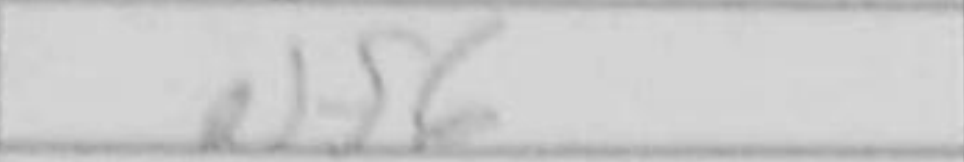
Transcription: Nf6